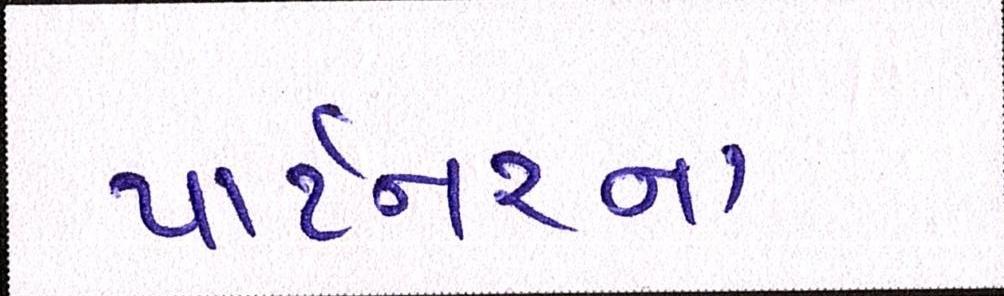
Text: પાર્ટનરના